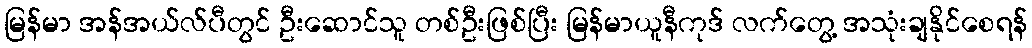
မြန်မာ အန်အယ်လ်ပီတွင် ဦးဆောင်သူ တစ်ဦးဖြစ်ပြီး မြန်မာယူနီကုဒ် လက်တွေ့ အသုံးချနိုင်စေရန်